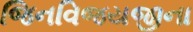
જિનવિજયજીના